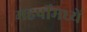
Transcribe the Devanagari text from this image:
महर्षीमध्यें